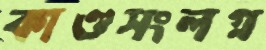
কাণ্ডসংলগ্ন